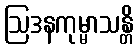
ဩဒနကုမ္မာသန္တိ